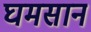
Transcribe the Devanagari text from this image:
घमसान